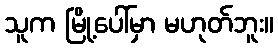
သူက မြို့ပေါ်မှာ မဟုတ်ဘူး။